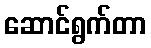
ဆောင်ရွက်တာ